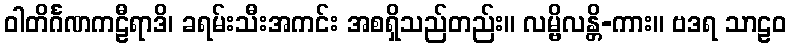
ဝါတိင်္ဂဏကဠီရာဒိ၊ ခရမ်းသီးအကင်း အစရှိသည်တည်း။ လမ္ဗိလန္တိ-ကား။ ဗဒရ သာဠဝ